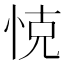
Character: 𢚛